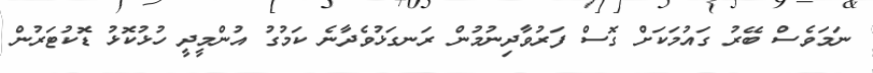
ނަމަވެސް ބޭރު ގައުމަކަށް ގޮސް ފަރުވާދިނުމުން ރަނގަޅުވެދާނެ ކަމުގު އުންމީދީ ހުޅުކޮޅު ޑޮކުޓަރުން